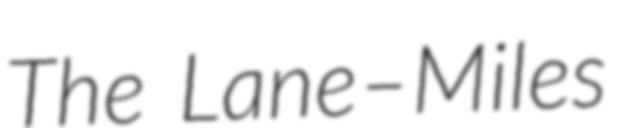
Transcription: The Lane–Miles